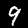
Digit: 9